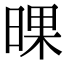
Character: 𣇫